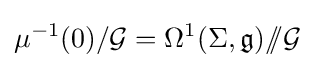
\mu ^{-1}(0)/{\mathcal {G}}=\Omega ^{1}(\Sigma ,{\mathfrak {g}})/\!\!/{\mathcal {G}}